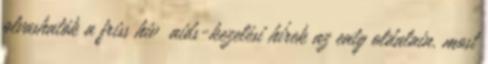
olvashatók a friss hiv aids-kezelési hírek az eatg oldalain. most